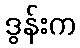
ဒွန်းက